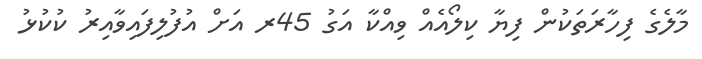
މާލެގެ ފިހާރަތަކުން ފިޔާ ކިލޯއެއް ވިއްކާ އަގު 45ރ އަށް އުފުލިފައިވާއިރު ކުކުޅު